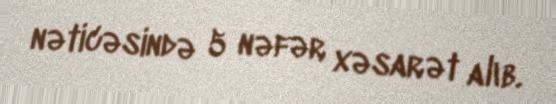
nəticəsində 5 nəfər xəsarət alıb.